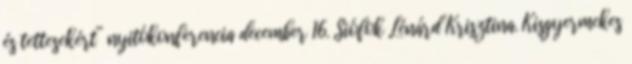
és tettesekért” nyitókonferencia december 16. Siófok Lénárd Krisztina. Kisgyermekes